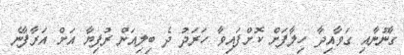
ގާނޫނާއި ގަވާއިދާ ހިލާފަށް ކޮށްފައިވާ ހަރަދު ދެ ބިލިއަން ރުފިޔާ އަށް އަރާފާނެ